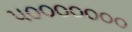
૫૦૦૦૦૦૦૦